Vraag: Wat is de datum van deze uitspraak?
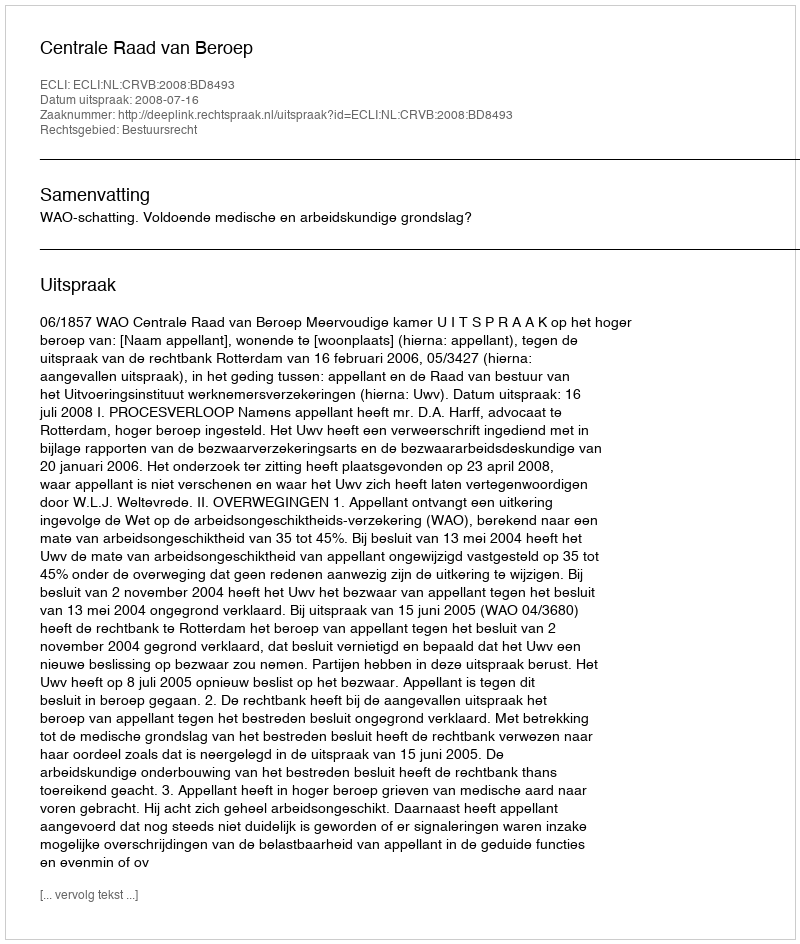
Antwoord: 2008-07-16